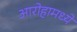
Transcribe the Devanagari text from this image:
आरोहामध्ये